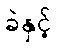
ခဲနှင့်